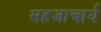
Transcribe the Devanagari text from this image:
सहजाचार्य